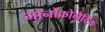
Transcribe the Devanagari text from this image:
मोनोक्रोमैटिक